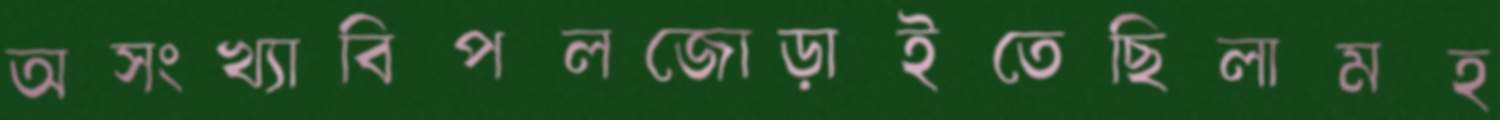
অসংখ্যাবিপলজোড়াইতেছিলামহ